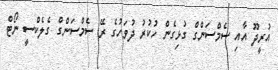
އުރީދޫ އާއި ސެމްސަންގް ގުޅިގެން ހުކުރު ދުވަހުގެ ރޭ ސެމްސަންގް ގެލެކްސީ ނޯޓް